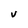
Character: V